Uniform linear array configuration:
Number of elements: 16
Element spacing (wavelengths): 0.5
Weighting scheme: hann
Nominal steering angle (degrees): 30
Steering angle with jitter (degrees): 31.705
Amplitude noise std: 0.05
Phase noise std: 0.05

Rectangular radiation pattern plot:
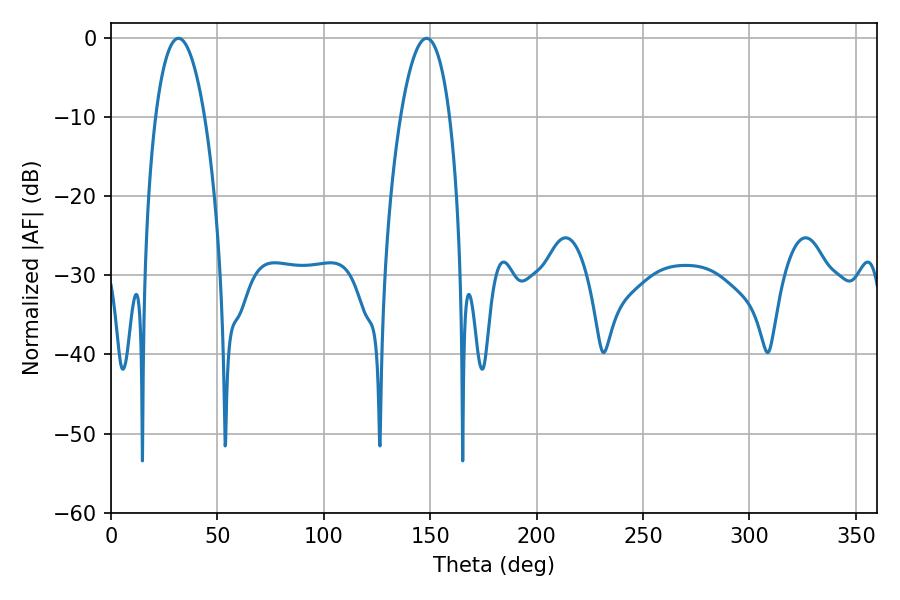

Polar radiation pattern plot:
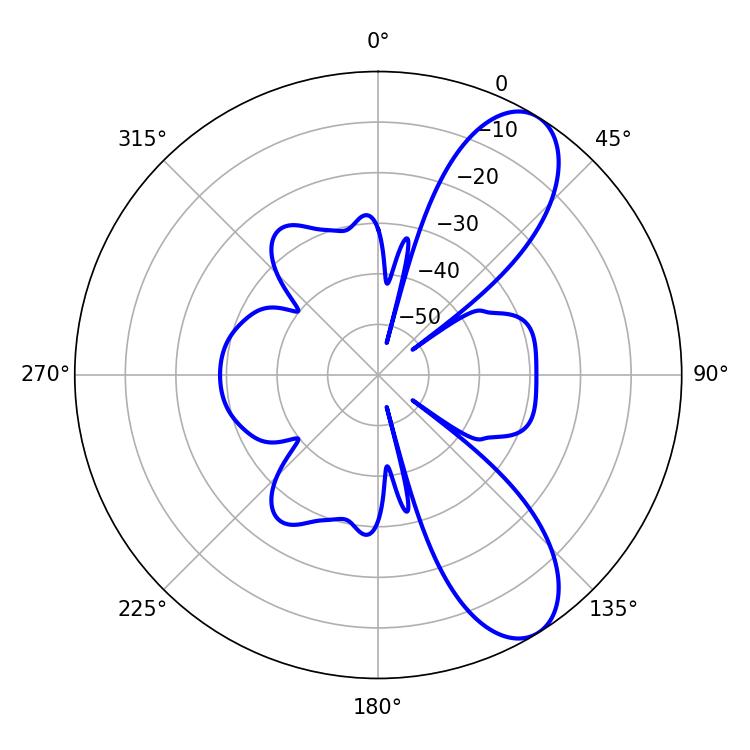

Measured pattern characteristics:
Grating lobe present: FALSE
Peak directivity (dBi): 8.995
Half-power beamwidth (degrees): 12.78
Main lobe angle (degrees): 31.68